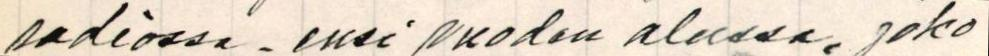
radiossa, ensi vuoden alussa, joko